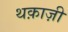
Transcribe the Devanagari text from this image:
थक़ाज़ी